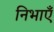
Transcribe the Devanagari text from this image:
निभाएँ